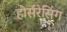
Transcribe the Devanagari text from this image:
होर्सरेसिंग